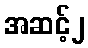
အဆင့်၂